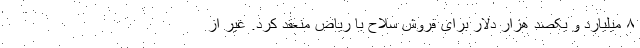
۸ میلیارد و یکصد هزار دلار برای فروش سلاح با ریاض منعقد کرد. غیر از